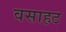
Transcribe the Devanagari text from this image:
वसाहट